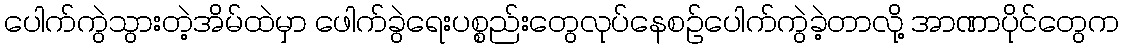
ပေါက်ကွဲသွားတဲ့အိမ်ထဲမှာ ဖေါက်ခွဲရေးပစ္စည်းတွေလုပ်နေစဉ်ပေါက်ကွဲခဲ့တာလို့ အာဏာပိုင်တွေက